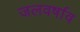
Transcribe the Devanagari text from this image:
जलवर्षाव